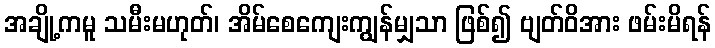
အချို့ကမူ သမီးမဟုတ်၊ အိမ်စေကျေးကျွန်မျှသာ ဖြစ်၍ ဗျတ်ဝိအား ဖမ်းမိရန်